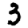
Digit: 3